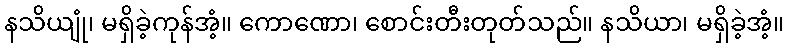
နသိယျုံ၊ မရှိခဲ့ကုန်အံ့။ ကောဏော၊ စောင်းတီးတုတ်သည်။ နသိယာ၊ မရှိခဲ့အံ့။